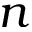
n